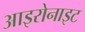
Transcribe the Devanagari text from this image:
आइरोनाइट